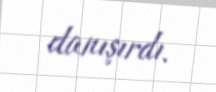
danışırdı.